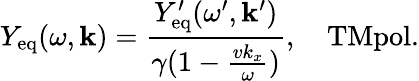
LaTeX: Y_{\mathrm{eq}}(\omega,\mathbf{k})=\frac{Y_{\mathrm{eq}}^{\prime}(\omega^{\prime},\mathbf{k}^{\prime})}{\gamma(1-\frac{vk_{x}}{\omega})},\quad\textrm{TMpol.}